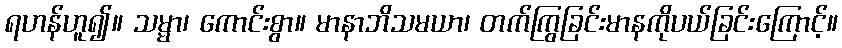
ရဟန်ဟူ၍။ သမ္မာ၊ ကောင်းစွာ။ မာနာဘိသမယာ၊ တက်ကြွခြင်းမာနကိုပယ်ခြင်းကြောင့်။